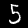
Digit: 5